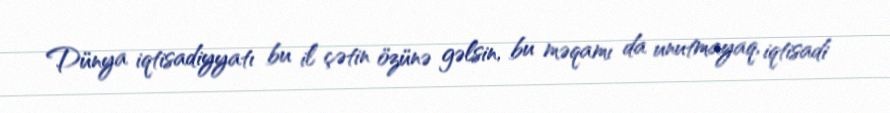
Dünya iqtisadiyyatı bu il çətin özünə gəlsin, bu məqamı da unutmayaq, iqtisadi